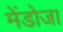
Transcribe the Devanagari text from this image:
मेंडोजा